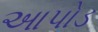
આપોડ